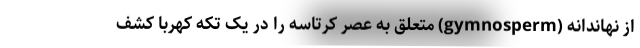
از نهاندانه (gymnosperm) متعلق به عصر کرتاسه را در یک تکه کهربا کشف